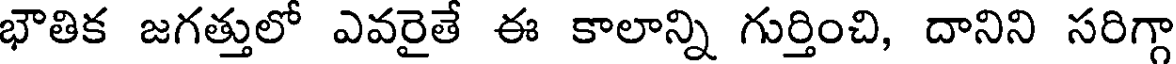
భౌతిక జగత్తులో ఎవరైతే ఈ కాలాన్ని గుర్తించి, దానిని సరిగ్గా